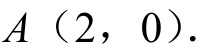
$A\ (2,\ 0).$